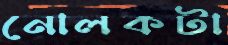
নোলকটা